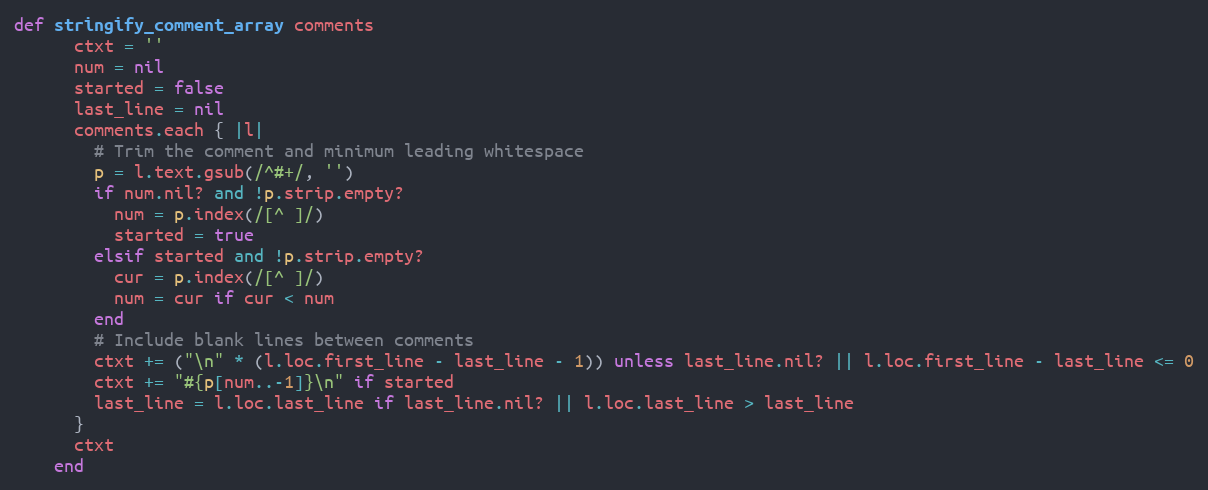
Language: Ruby
def stringify_comment_array comments
      ctxt = ''
      num = nil
      started = false
      last_line = nil
      comments.each { |l|
        # Trim the comment and minimum leading whitespace
        p = l.text.gsub(/^#+/, '')
        if num.nil? and !p.strip.empty?
          num = p.index(/[^ ]/)
          started = true
        elsif started and !p.strip.empty?
          cur = p.index(/[^ ]/)
          num = cur if cur < num
        end
        # Include blank lines between comments
        ctxt += ("\n" * (l.loc.first_line - last_line - 1)) unless last_line.nil? || l.loc.first_line - last_line <= 0
        ctxt += "#{p[num..-1]}\n" if started
        last_line = l.loc.last_line if last_line.nil? || l.loc.last_line > last_line
      }
      ctxt
    end